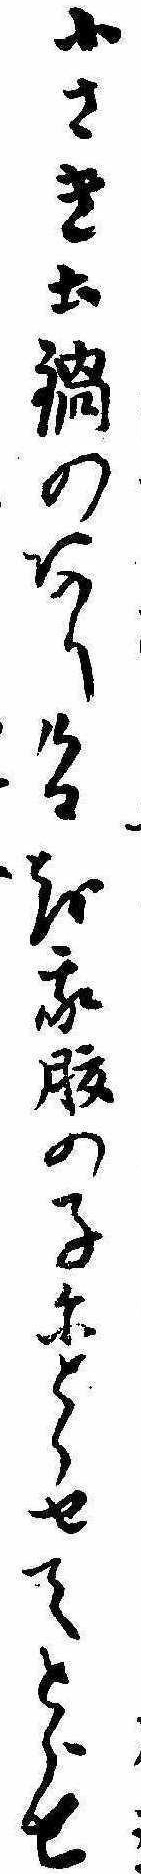
小さき土鍋のありけるを我腹の子にとらせてとらせ